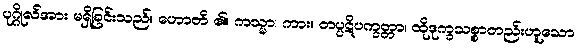
ပုဂ္ဂိုလ်အား မရှိခြင်းသည်။ ဟောတိ ၏။ ကသ္မာ၊ ကား။ တပ္ပဋိပက္ခတ္တာ၊ ထိုဒုက္ခသစ္စာတည်းဟူသော